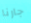
جارنا